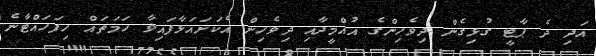
އަދި ދެ ޕާޓީ ގުޅިގެން ދިވެހިންގެ އުއްމީދާއި ދިވެހިން އެކަށައަޅާފައިވާ ހަމަތައް ހިފަހައްޓާނެ